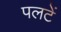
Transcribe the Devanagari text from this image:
पलटें